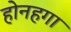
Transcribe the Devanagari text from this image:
होनहगा